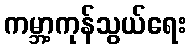
ကမ္ဘာ့ကုန်သွယ်ရေး